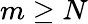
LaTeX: m\geq N